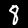
Digit: 8